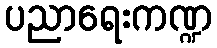
ပညာရေးကဏ္ဍ